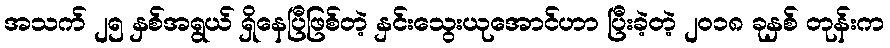
အသက် ၂၅ နှစ်အရွယ် ရှိနေပြီဖြစ်တဲ့ နှင်းသွေးယုအောင်ဟာ ပြီးခဲ့တဲ့ ၂၀၁၈ ခုနှစ် တုန်းက